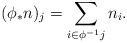
LaTeX: \begin{align*}(\phi_*n)_j =\sum_{i\in\phi^{-1}j}n_i.\end{align*}